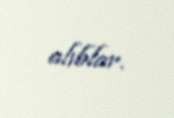
alıblar.